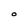
Character: O